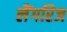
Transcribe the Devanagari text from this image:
लैंगरिज